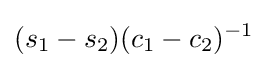
(s_{1}-s_{2})(c_{1}-c_{2})^{-1}